Report of the Indian Hemp Drugs Commission, 1894-1895 - Volume I
Year: 1894
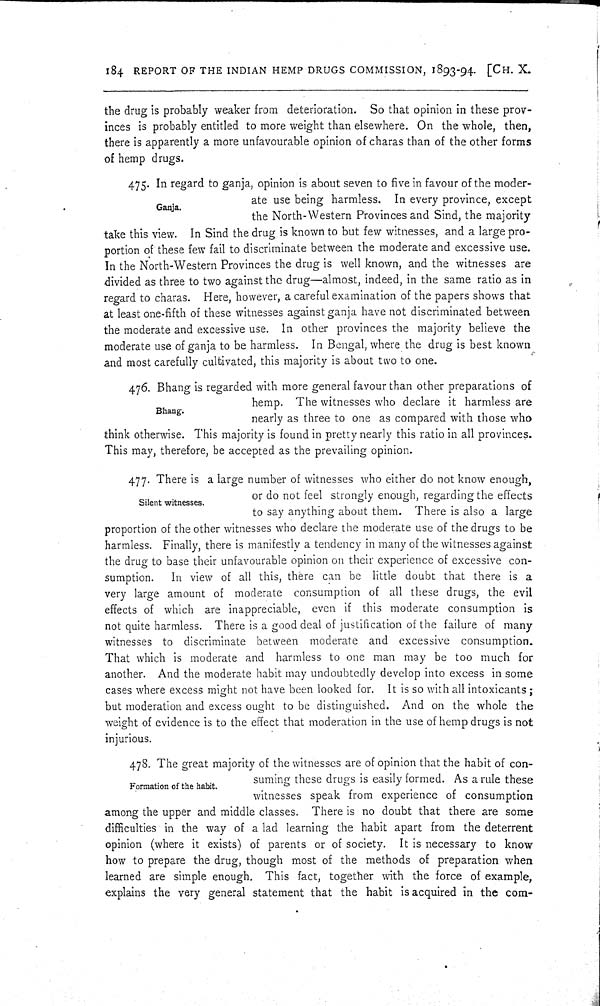
184 REPORT OF THE INDIAN HEMP DRUGS COMMISSION, 1893-94. [CH. X.
the drug is probably weaker from deterioration. So that opinion in these prov-
inces is probably entitled to more weight than elsewhere. On the whole, then,
there is apparently a more unfavourable opinion of charas than of the other forms
of hemp drugs.
Ganja.
475. In regard to ganja, opinion is about seven to five in favour of the moder-
ate use being harmless. In every province, except
the North-Western Provinces and Sind, the majority
take this view. In Sind the drug is known to but few witnesses, and a large pro-
portion of these few fail to discriminate between the moderate and excessive use.
In the North-Western Provinces the drug is well known, and the witnesses are
divided as three to two against the drug—almost, indeed, in the same ratio as in
regard to charas. Here, however, a careful examination of the papers shows that
at least one-fifth of these witnesses against ganja have not discriminated between
the moderate and excessive use. In other provinces the majority believe the
moderate use of ganja to be harmless. In Bengal, where the drug is best known
and most carefully cultivated, this majority is about two to one.
Bhang.
476. Bhang is regarded with more general favour than other preparations of
hemp. The witnesses who declare it harmless are
nearly as three to one as compared with those who
think otherwise. This majority is found in pretty nearly this ratio in all provinces.
This may, therefore, be accepted as the prevailing opinion.
Silent witnesses.
477. There is a large number of witnesses who either do not know enough,
or do not feel strongly enough, regarding the effects
to say anything about them. There is also a large
proportion of the other witnesses who declare the moderate use of the drugs to be
harmless. Finally, there is manifestly a tendency in many of the witnesses against
the drug to base their unfavourable opinion on their experience of excessive con-
sumption. In view of all this, there can be little doubt that there is a
very large amount of moderate consumption of all these drugs, the evil
effects of which are inappreciable, even if this moderate consumption is
not quite harmless. There is a good deal of justification of the failure of many
witnesses to discriminate between moderate and excessive consumption.
That which is moderate and harmless to one man may be too much for
another. And the moderate habit may undoubtedly develop into excess in some
cases where excess might not have been looked for. It is so with all intoxicants;
but moderation and excess ought to be distinguished. And on the whole the
weight of evidence is to the effect that moderation in the use of hemp drugs is not
injurious.
Formation of the habit.
478. The great majority of the witnesses are of opinion that the habit of con-
suming these drugs is easily formed. As a rule these
witnesses speak from experience of consumption
among the upper and middle classes. There is no doubt that there are some
difficulties in the way of a lad learning the habit apart from the deterrent
opinion (where it exists) of parents or of society. It is necessary to know
how to prepare the drug, though most of the methods of preparation when
learned are simple enough. This fact, together with the force of example,
explains the very general statement that the habit is acquired in the com-